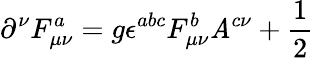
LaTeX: \partial^{\nu}F_{\mu\nu}^{a}=g\epsilon^{abc}F_{\mu\nu}^{b}\mathit{A}^{c\nu}+\frac{1}{2}